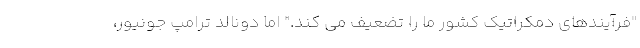
"فرآیندهای دمکراتیک کشور ما را تضعیف می کند." اما دونالد ترامپ جونیور،